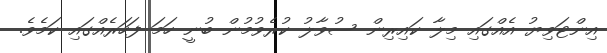
އިންޓަވިޔު އެއްގައި މިލާ ކައިރިން ސުވާލު ކުރެވުމުން ބުނީ ހަމަ ފަހަރެއްގައި ކަމެވެ.